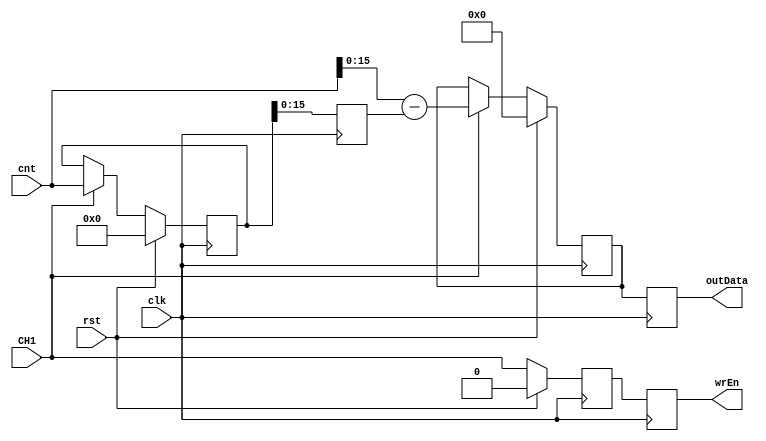
`timescale 1ns / 1ps
//////////////////////////////////////////////////////////////////////////////////
// Company: 
// Engineer: 
// 
// Design Name: 
// Module Name: TDC_DeltaT_1Chan
// Project Name: 
// Target Devices: 
// Tool Versions: 
// Description: 
// 
// Dependencies: 
// 
// Revision:
// Revision 0.01 - File Created
// Additional Comments:
// 
//////////////////////////////////////////////////////////////////////////////////


module TDC_DeltaT_1Chan #(parameter WORDSIZE=16,parameter CNTSIZE=38)(
    input CH1,
    input [CNTSIZE-1:0] cnt,
    input clk,
    input rst,
    output [WORDSIZE-1:0] outData,
    output wrEn
    );
    
    reg [CNTSIZE-1:0] last1_d,last1_q; //last time point registers
    reg wrEn_d,wrEn_q; //write enable registers
    reg [WORDSIZE-1:0] outData_d,outData_q; //output data registers
    
    //assign outputs
    
    assign outData = outData_q;
    assign wrEn = wrEn_q;
   
   always @(posedge clk) begin
        if (rst) begin
            wrEn_d <=0;
            last1_d <=0;
            outData_d <=0;
        end else begin
            wrEn_d <= CH1;
            if (CH1) begin
                last1_d <= cnt;
                outData_d <= cnt-last1_q;
            end   
        end
        outData_q <= outData_d;
        last1_q <= last1_d;
        wrEn_q <= wrEn_d;
    end


endmodule